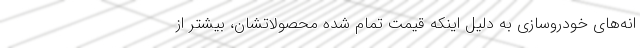
انه‌های خودروسازی به دلیل اینکه قیمت تمام شده محصولاتشان، بیشتر از